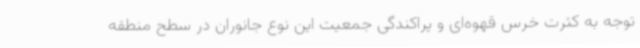
توجه به کثرت خرس قهوه‌ای و پراکندگی جمعیت این نوع جانوران در سطح منطقه